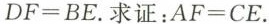
$$D F = B E$$。求证：$$A F = C E$$